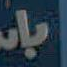
b